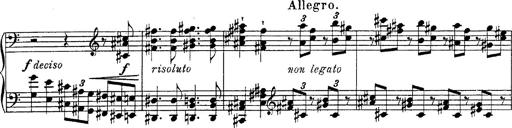
Title: Fantasie Ã¼ber Themen aus Mozarts Figaro und Don Giovanni
Composer: Franz Liszt